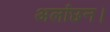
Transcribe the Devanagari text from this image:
अलांछन।